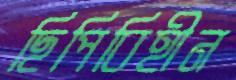
ছিপিবিহীন